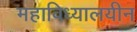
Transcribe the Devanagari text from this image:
महाविध्यालयीन